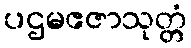
ပဌမဧဇာသုတ္တံ